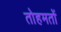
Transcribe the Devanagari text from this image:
तोहमतों